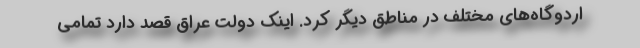
اردوگاه‌های مختلف در مناطق دیگر کرد. اینک دولت عراق قصد دارد تمامی